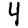
Digit: 4